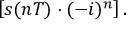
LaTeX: \left[ s ( n T ) \cdot ( - i ) ^ { n } \right] .